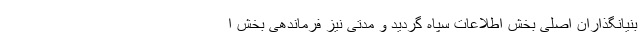
بنیانگذاران اصلی بخش اطلاعات سپاه گردید و مدتی نیز فرماندهی بخش ا